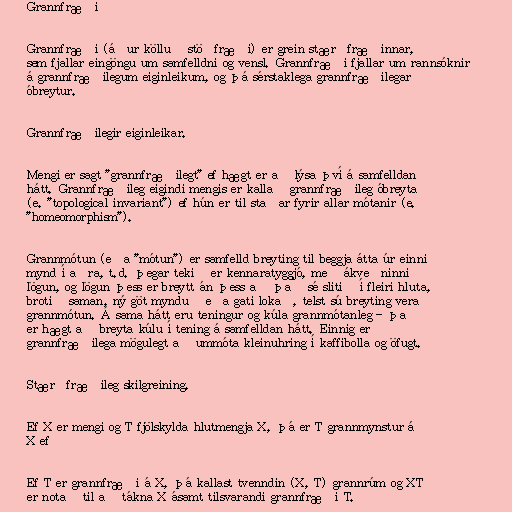
Grannfræði

Grannfræði (áður kölluð stöðfræði) er grein stærðfræðinnar,
sem fjallar eingöngu um samfelldni og vensl. Grannfræði fjallar um rannsóknir
á grannfræðilegum eiginleikum, og þá sérstaklega grannfræðilegar
óbreytur.

Grannfræðilegir eiginleikar.

Mengi er sagt "grannfræðilegt" ef hægt er að lýsa því á samfelldan
hátt. Grannfræðileg eigindi mengis er kallað grannfræðileg óbreyta
(e. "topological invariant") ef hún er til staðar fyrir allar mótanir (e.
"homeomorphism").

Grannmótun (eða "mótun") er samfelld breyting til beggja átta úr einni
mynd í aðra, t.d. þegar tekið er kennaratyggjó, með ákveðninni
lögun, og lögun þess er breytt án þess að það sé slitið í fleiri hluta,
brotið saman, ný göt mynduð eða gati lokað, telst sú breyting vera
grannmótun. Á sama hátt eru teningur og kúla grannmótanleg - það
er hægt að breyta kúlu í tening á samfelldan hátt. Einnig er
grannfræðilega mögulegt að ummóta kleinuhring í kaffibolla og öfugt.

Stærðfræðileg skilgreining.

Ef X er mengi og T fjölskylda hlutmengja X, þá er T grannmynstur á
X ef

Ef T er grannfræði á X, þá kallast tvenndin (X, T) grannrúm og XT
er notað til að tákna X ásamt tilsvarandi grannfræði T.